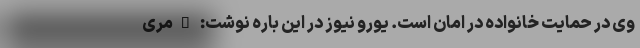
وی در حمایت خانواده در امان است. یورو نیوز در این باره نوشت: "مری